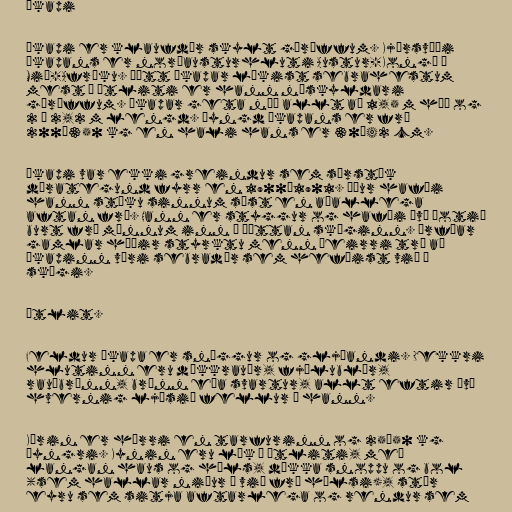
Ókapi

Ókapi er klaufdýr skylt gíröffum. Kjörsvæði
ókapans er norðausturhluti Austur-Kongó í
Mið-Afríku. Þótt ókapar líkist sebrahestum
mest í útliti er hann náskyldari
gíröffum. Ókapar geta náð allt að 1,5 m hæð og
2 – 2,2 m lengd. Þyngd ókapans er frá
200–350 kg en hali hans er 30–42 cm.

Ókapi var ekki greindur sem sérstök
dýrategund fyrr en 1900–1901. Áður hafði
hann stöku sinnum sést en aðallega
aftan frá. Hann er styggur og hafði því þotið
burt frá mönnum inn í þéttan skóginn. Örfáar
gamlar húðir styrktu menn þeirri trú að
ókapinn væri sebradýr sem hefðist við í
skógi.

Útlit.

Feldur ókapa er snöggur og gljáandi. Dekkri
hlutinn eru dökkrauðr, fjólublár,
rauðbrúnn, brúnn eða svartur, allt eftir því
hvernig ljósið fellur á hann.

Kýrin er hærri en tarfurinn og 25–50 kg
þyngri. Kynin eru lík í útliti, með
langan haus og háls, dökka snoppu og bol
(sem hallar niður á við frá hálsi), stór
eyru sem sitja aftarlega og rendur sem